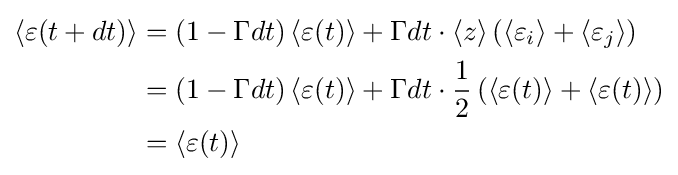
{\begin{aligned}\left\langle \varepsilon (t+dt)\right\rangle &=\left(1-\Gamma dt\right)\left\langle \varepsilon (t)\right\rangle +\Gamma dt\cdot \left\langle z\right\rangle \left(\left\langle \varepsilon _{i}\right\rangle +\left\langle \varepsilon _{j}\right\rangle \right)\\&=\left(1-\Gamma dt\right)\left\langle \varepsilon (t)\right\rangle +\Gamma dt\cdot {\dfrac {1}{2}}\left(\left\langle \varepsilon (t)\right\rangle +\left\langle \varepsilon (t)\right\rangle \right)\\&=\left\langle \varepsilon (t)\right\rangle \end{aligned}}